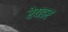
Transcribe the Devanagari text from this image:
रेयडर